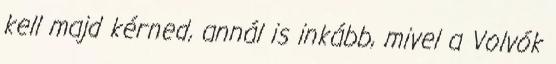
kell majd kérned, annál is inkább, mivel a Volvók